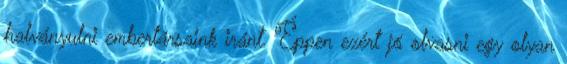
halványulni embertársaink iránt. Éppen ezért jó olvasni egy olyan